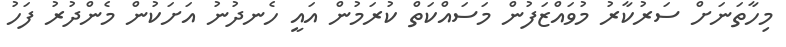
މިހާތަނަށް ސަރުކާރު މުވައްޒަފުން މަސައްކަތް ކުރަމުން އައީ ހެނދުނު އަށަކުން މެންދުރު ފަހު